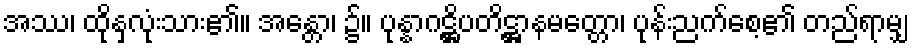
အဿ၊ ထိုနှလုံးသား၏။ အန္တော၊ ၌။ ပုန္နာဂဋ္ဌိပတိဋ္ဌာနမတ္တော၊ ပုန်းညက်စေ့၏ တည်ရာမျှ